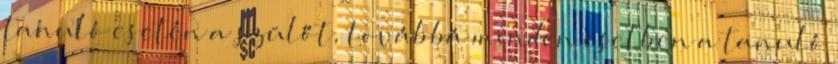
tanuló esetén a szülőt, továbbá minden esetben a tanuló